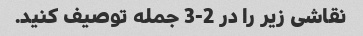
نقاشی زیر را در 2-3 جمله توصیف کنید.